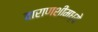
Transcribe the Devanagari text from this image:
वाराणशीमध्ये